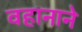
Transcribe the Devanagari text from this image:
वहानाने